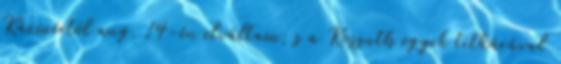
Kázmértól aug. 14-én elváltam; s a Kossuth egyik titkárával